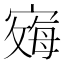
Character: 𪧞